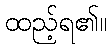
ထည့်ရ၏။